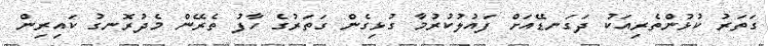
ގަތަރު ކުޅުންތެރިއަކު ދަގަނޑޭއަށް ފައުލުކުރުމާ ގުޅިގެން ގަތަރުގެ ހާފު ތެރޭން މެދުރޮނގު ކައިރިން